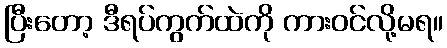
ပြီးတော့ ဒီရပ်ကွက်ထဲကို ကားဝင်လို့မရ။